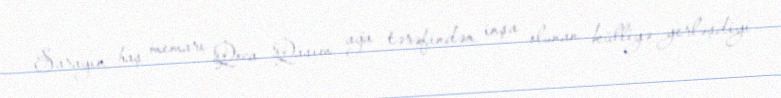
Sarayın baş memarı Qoca Qasım ağa tərəfindən inşa olunan külliyə yerləşdiyi